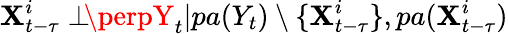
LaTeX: \mathbf{X}_{t-\tau}^{i}\perp\! \! \! \perpY_{t}|pa(Y_{t})\setminus\{ \mathbf{X}_{t-\tau}^{i}\} ,pa(\mathbf{X}_{t-\tau}^{i})